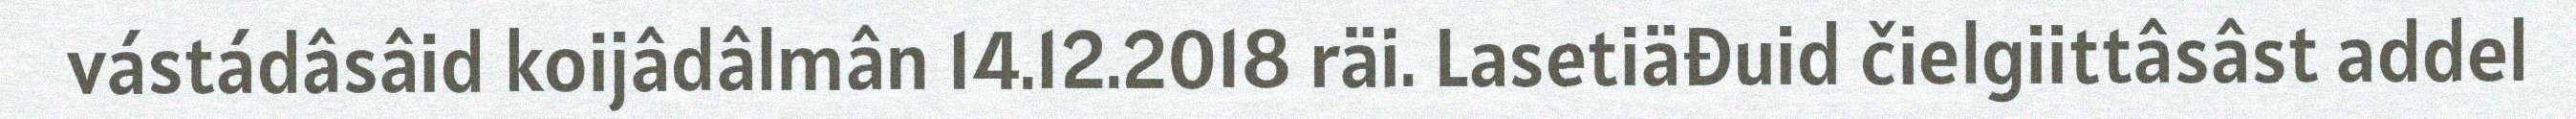
vástádâsâid koijâdâlmân 14.12.2018 räi. Lasetiäđuid čielgiittâsâst addel